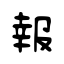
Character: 報